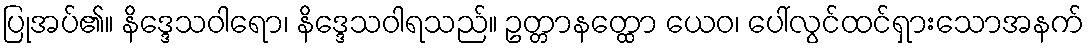
ပြုအပ်၏။ နိဒ္ဒေသဝါရော၊ နိဒ္ဒေသဝါရသည်။ ဥတ္တာနတ္ထော ယေဝ၊ ပေါ်လွင်ထင်ရှားသောအနက်